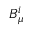
B _ { \mu } ^ { i }